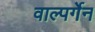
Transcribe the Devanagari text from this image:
वाल्पर्गेन